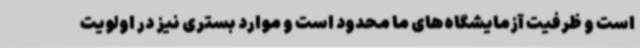
است و ظرفیت آزمایشگاه‌های ما محدود است و موارد بستری نیز در اولویت